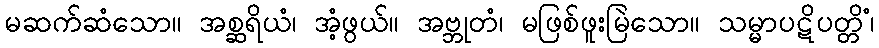
မဆက်ဆံသော။ အစ္ဆရိယံ၊ အံ့ဖွယ်။ အဗ္ဘုတံ၊ မဖြစ်ဖူးမြဲသော။ သမ္မာပဋိပတ္တိံ၊